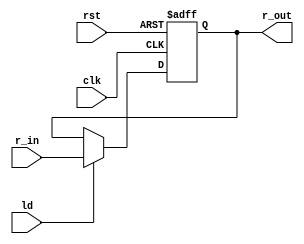
module StatusReg(clk, rst, ld,r_in,r_out);

  input clk, rst, ld;
  input [3:0] r_in;
  output reg [3:0] r_out;
  always@(negedge clk, negedge rst)begin
    if(~rst)
r_out <= 0;
    else if(ld == 1'b1)
r_out <= r_in;
    end

 endmodule